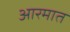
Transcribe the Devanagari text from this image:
आरमात